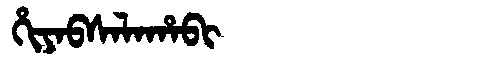
Manchu: ᡥᡳᠶᠠᠪᠰᠠᠯᠠᡥᠠᠪᡳ
Romanization: HIYABSALAHABI